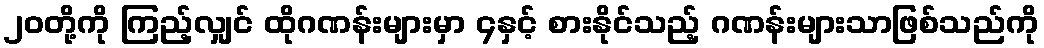
၂၀တို့ကို ကြည့်လျှင် ထိုဂဏန်းများမှာ ၄နှင့် စားနိုင်သည့် ဂဏန်းများသာဖြစ်သည်ကို